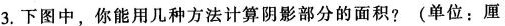
3.下图中，你能用几种方法计算阴影部分的面积？（单位：厘